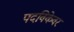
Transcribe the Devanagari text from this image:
पदविकेवर